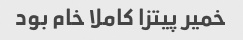
خمیر پیتزا کاملا خام بود